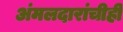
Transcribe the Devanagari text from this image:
अंमलदारांचीही